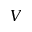
{ \cal V }